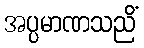
အပ္ပမာဏသညိံ